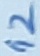
Text: 12